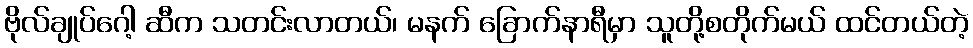
ဗိုလ်ချုပ်ဂေါ့ ဆီက သတင်းလာတယ်၊ မနက် ခြောက်နာရီမှာ သူတို့စတိုက်မယ် ထင်တယ်တဲ့